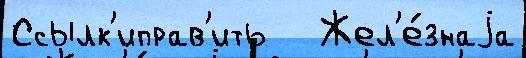
Ссылк'иправ'ить   Жел'е́знаjа